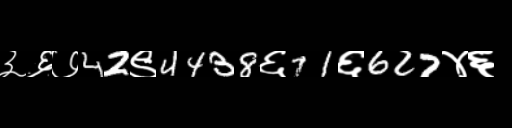
Text: ३६७42९4438६71६627४६